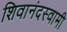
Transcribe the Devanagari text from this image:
शिवानंदस्वामी